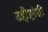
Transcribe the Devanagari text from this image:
उद्दीष्टांशी